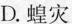
D.蝗灾